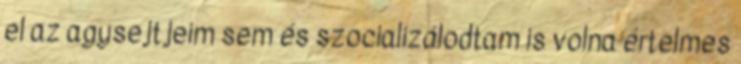
el az agysejtjeim sem és szocializálodtam is volna értelmes